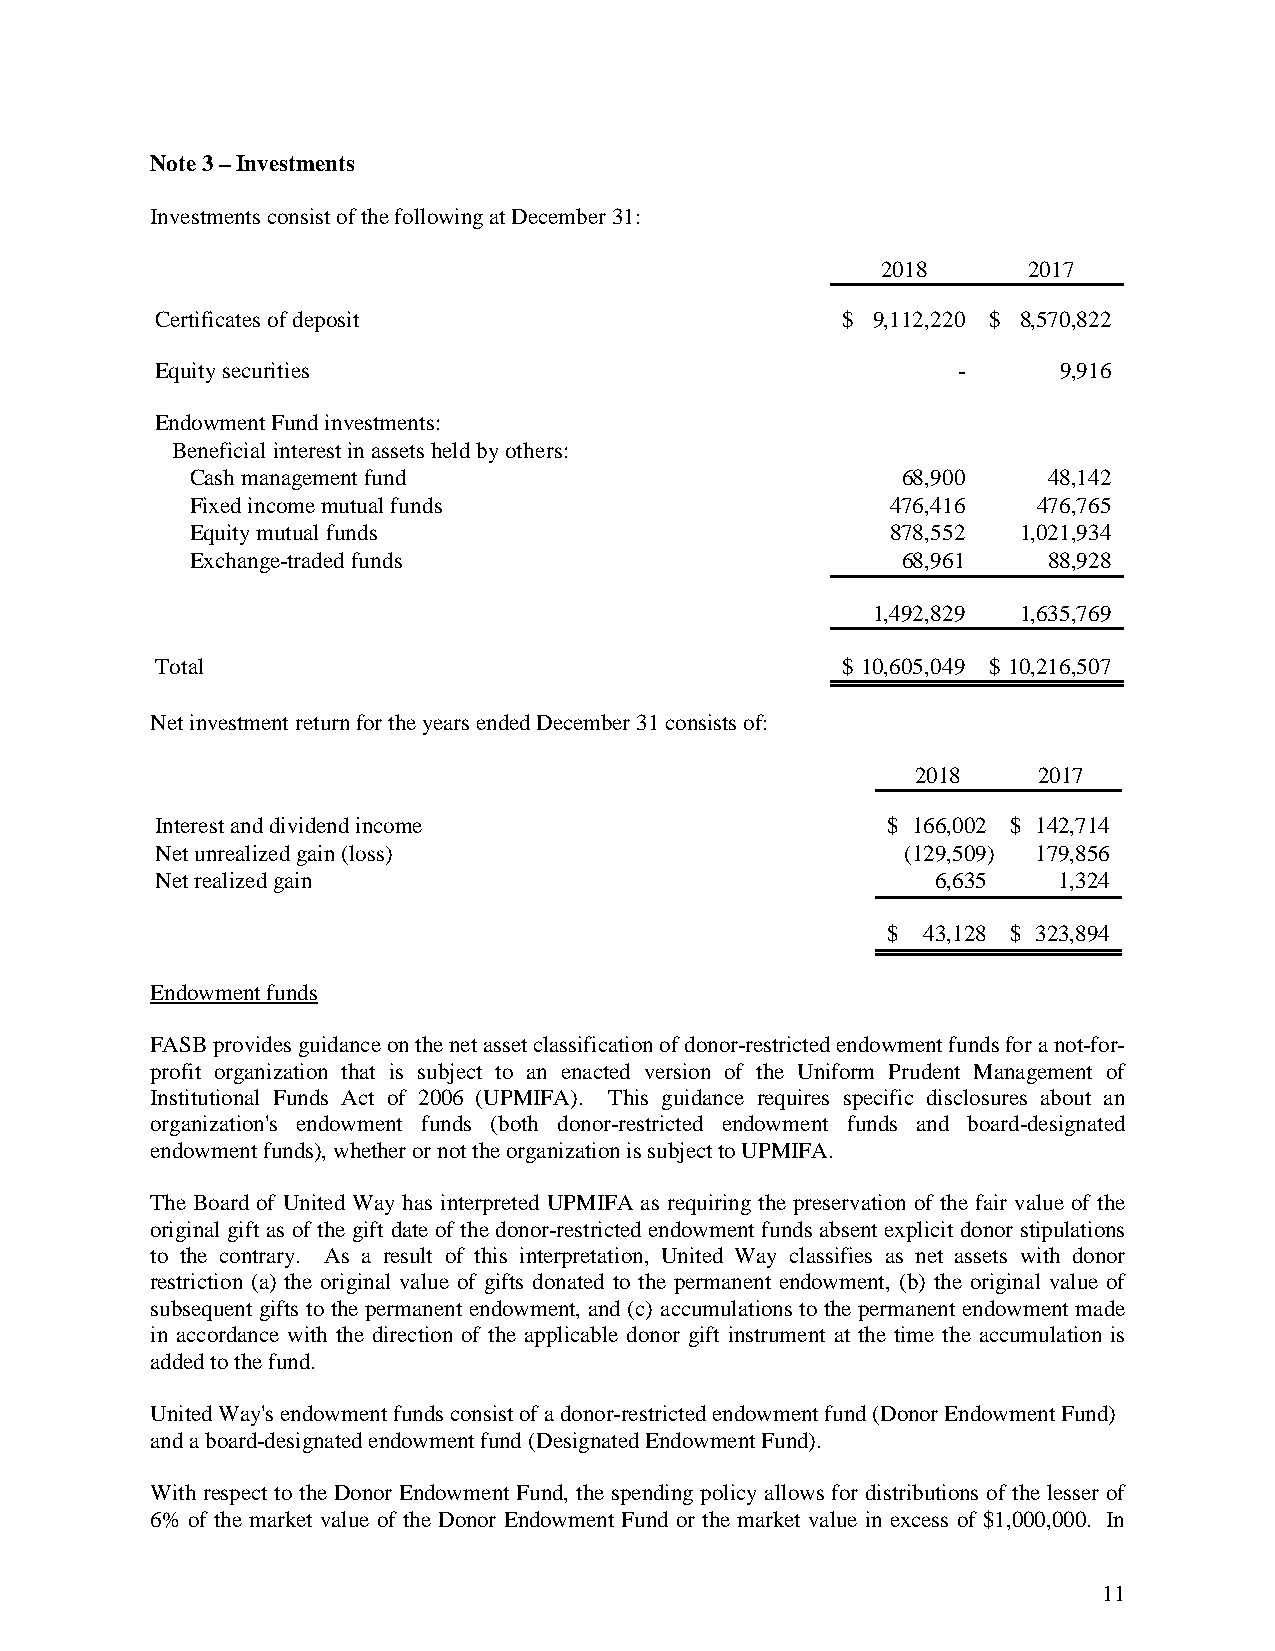
Note 3 – Investments
 Investments consist of the following at December 31:
 2018      2017
 Certificates of deposit                       $ 9,112,220 $ 8,570,822
 Equity securities                                    -      9,916
 Endowment Fund investments:
 Beneficial interest in assets held by others:
 Cash management fund                           68,900   48,142
 Fixed income mutual funds                     476,416   476,765
 Equity mutual funds                           878,552  1,021,934
 Exchange-traded funds                          68,961   88,928
 1,492,829 1,635,769
 Total                                         $ 10,605,049 $ 10,216,507
 Net investment return for the years ended December 31 consists of:
 2018    2017
 Interest and dividend income                     $ 166,002 $ 142,714
 Net unrealized gain (loss)                        ( 129,509) 179,856
 Net realized gain                                   6,635   1,324
 $ 43,128 $ 323,894
 Endowment funds
 FASB provides guidance on the net asset classification of donor-restricted endowment funds for a not-for-
 profit organization that is subject to an enacted version of the Uniform Prudent Management of
 Institutional Funds Act of 2006 (UPMIFA). This guidance requires specific disclosures about an
 organization's endowment funds (both donor-restricted endowment funds and board-designated
 endowment funds), whether or not the organization is subject to UPMIFA.
 The Board of United Way has interpreted UPMIFA as requiring the preservation of the fair value of the
 original gift as of the gift date of the donor-restricted endowment funds absent explicit donor stipulations
 to the contrary. As a result of this interpretation, United Way classifies as net assets with donor
 restriction (a) the original value of gifts donated to the permanent endowment, (b) the original value of
 subsequent gifts to the permanent endowment, and (c) accumulations to the permanent endowment made
 in accordance with the direction of the applicable donor gift instrument at the time the accumulation is
 added to the fund.
 United Way's endowment funds consist of a donor-restricted endowment fund (Donor Endowment Fund)
 and a board-designated endowment fund (Designated Endowment Fund).
 With respect to the Donor Endowment Fund, the spending policy allows for distributions of the lesser of
 6% of the market value of the Donor Endowment Fund or the market value in excess of $1,000,000. In
 11